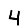
Digit: 4